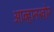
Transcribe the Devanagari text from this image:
आव्हानखोर